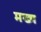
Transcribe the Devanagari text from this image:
मख्य